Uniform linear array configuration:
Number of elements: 24
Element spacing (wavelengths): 1
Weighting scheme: cosine
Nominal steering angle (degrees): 15
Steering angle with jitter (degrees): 13.3
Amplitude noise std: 0.05
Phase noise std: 0.05

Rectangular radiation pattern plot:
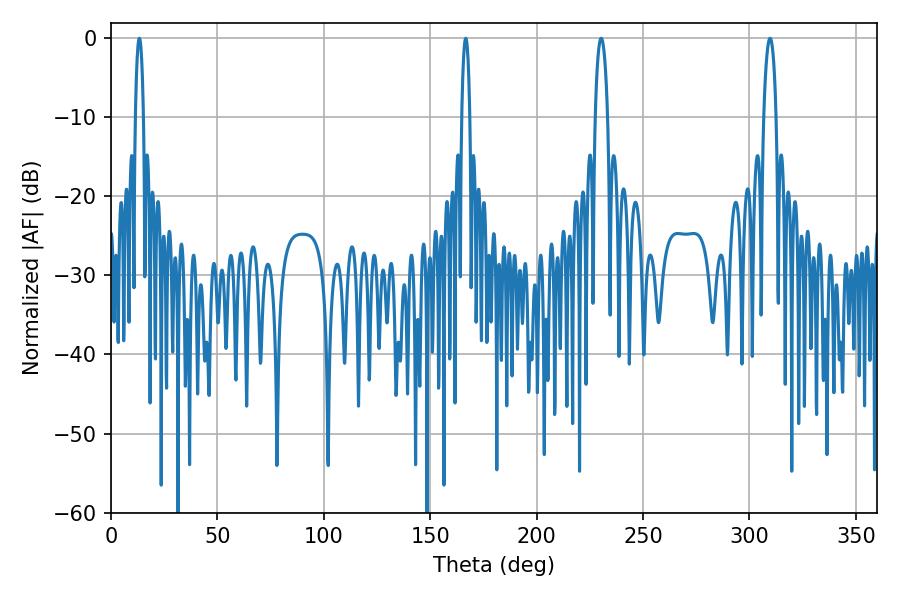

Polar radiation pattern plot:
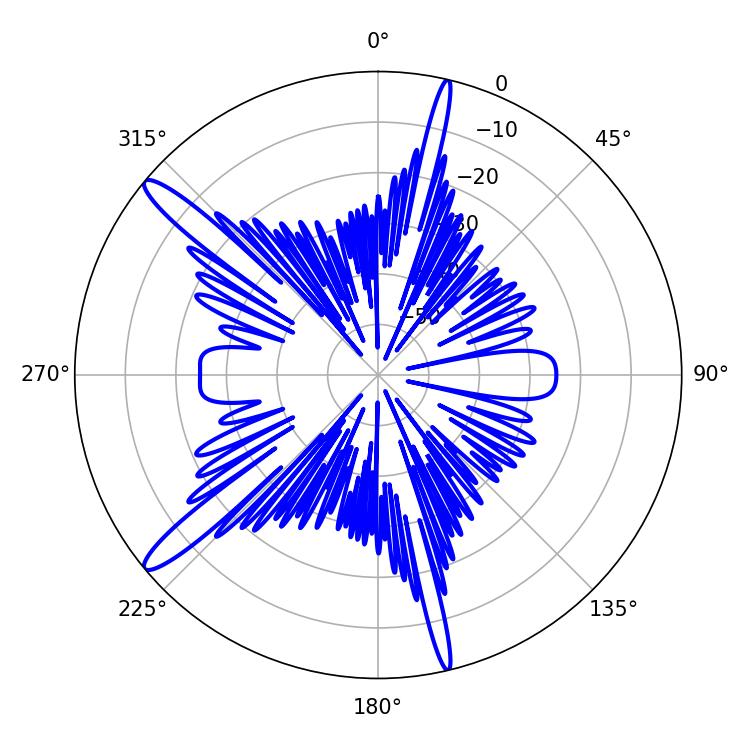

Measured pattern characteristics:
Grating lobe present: TRUE
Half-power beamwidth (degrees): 2.16
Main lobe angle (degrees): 13.32